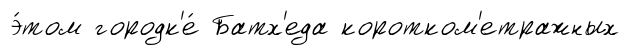
э́том городк'е́ Батх'еда коротком'етражных